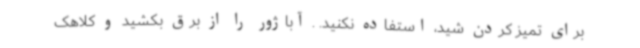
برای تمیز کردن شید، استفاده نکنید. . آباژور را از برق بکشید و کلاهک